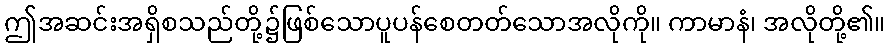
ဤအဆင်းအရှိစသည်တို့၌ဖြစ်သောပူပန်စေတတ်သောအလိုကို။ ကာမာနံ၊ အလိုတို့၏။